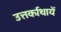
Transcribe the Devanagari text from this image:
उत्तर्काथायें